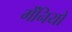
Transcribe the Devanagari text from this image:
मेंनियो